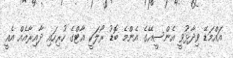
އައްމަޑޭ ވިދާޅުވީ އެންސީއޭގެ އެންމެ ބޮޑު ރޯލަކީ އާޓްގެ ހުރިހައި ދާއިރާއެއް އެއީ